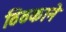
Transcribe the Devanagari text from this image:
ठिठकाने